Vaccination in Bombay 1902-1912 - 1902-1912
Year: 1902
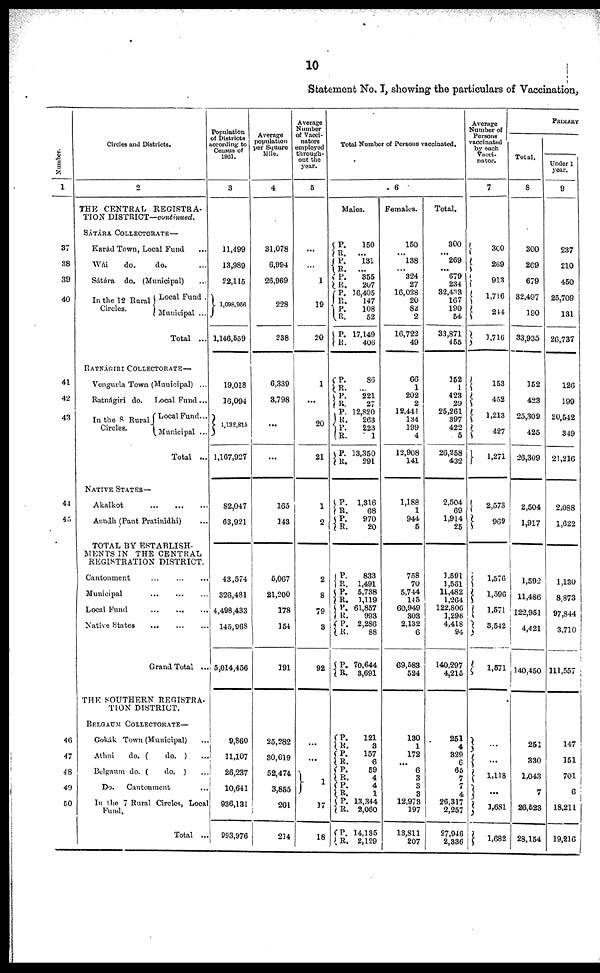
10
Statement No. I, showing the particulars of Vaccination,
Number.
1
37
38
39
40
41
42
43
44
45
46
47
48
49
50
Circles and Districts.
2
THE CENTRAL REGISTRA-
TION DISTRICT—continued.
SÁTÁRA COLLECTORATE—
Karád Town, Local Fund ...
Wái
do.
do. ...
Sátára do. (Municipal) ...
In the 12 Rural
Circles.
Local Fund .
Municipal ...
Total ...
RATNÁGIRI COLLECTORATE—
Vengurla Town (Municipal) ...
Ratnágiri do.
Local Fund ...
In the 8 Rural
Circles.
Local Fund...
Municipal ...
Total ...
NATIVE STATES—
Akalkot
...
...
...
Aundh (Pant Pratinidhi) ...
TOTAL BY ESTABLISH-
MENTS IN THE CENTRAL
REGISTRATION DISTRICT.
Cantonment ... ... ...
Municipal
...
...
...
Local Fund
Native States
...
...
...
Grand Total ...
THE SOUTHERN REGISTRA-
TION DISTRICT.
BELGAUM COLLECTORATE—
Gokák Town (Municipal) ...
Athni
do. (
do. ) ...
Belgaum do. (
do. ) ...
Do.
Cantonment ...
In the 7 Rural Circles, Local
Fund.
Total ...
Population
of Districts
wording to
Census of
1901.
3
11,499
13,989
22,115
1,098,956
1,146,559
19,018
16,094
1,132,815
1,167,927
82,047
63,921
43,574
326,481
4,498,433
145,968
5,014,456
9,860
11,107
26,237
10,641
936,131
993,976
Average
population
per Square
Mile.
4
31,078
6,994
26,969
228
238
6,339
3,798
...
...
165
143
5,067
21,200
178
154
191
25,282
30,019
52,474
3,855
201
214
Average
Number
of Vacci¬
nators
employed
through-
out the
year.
5
...
...
1
19
20
1
...
20
21
1
2
2
8
79
3
92
...
...
1
17
18
Total Number of Persons vaccinated.
6
Males.
P.
R.
P.
R.
P.
R.
P.
R.
P.
R.
P.
R.
P.
R.
P.
R.
P.
R.
P.
R.
P.
R.
P.
R.
P.
R.
P.
R.
P.
R.
P.
R.
P.
R.
P.
R.
P.
R.
P.
R.
P.
R.
P.
R.
P.
R.
P.
R.
150
... 131
...
355
207
16,405
147
108
52
17,149
406
86
... 221
27
12,820
263
223
1
13,350
291
1,316
68
970
20
833
1,491
5,738
1,119
61,857
993
2,286
88
70,644
3,691
121
3
157
6
59
4
4
1
13 344
2,060
14,135
2,129
Females.
150
... 138
...
324
27
16,028
20
82
2
16,722
49
66
1
202
2
12,441
134
199
4
12,908
141
1,188
1
944
5
758
70
5,744
145
60,949
303
2,132
6
69,583
524
130
1
172
...
6
3
3
3
12,973
197
13,811
207
Total.
300
... 269
...
679
234
32,433
167
190
54
33,871
455
152
1
423
29
25,261
397
422
5
26,258
432
2,504
69
1,914
25
1,591
1,581
11,482
1,264
122,806
1,296
4,418
94
140,297
4,215
251
4
329
6
65
7
7
4
26,317
2,257
27,946
2,336
Average
Number of
Persons
vaccinated
by each
Vacci¬
nator.
7
300
269
913
1,716
244
1,716
153
452
1,213
427
1,271
2,573
969
1,576
1,596
1,571
3,542
1,571
...
...
1,118
...
1,681
1,682
PRIMARY
Total.
8
300
269
679
32,497
190
33,935
152
423
25,309
425
26,309
2,504
1,917
1,592
11,486
122,951
4,421
140,450
251
330
1,043
7
26,523
28,154
Under 1
year.
9
237
210
450
25,709
131
26,737
126
199
20,542
349
21,216
2,088
1,622
1,130
8,873
97,844
3,710
111,557
147
151
701
6
18,211
19,216